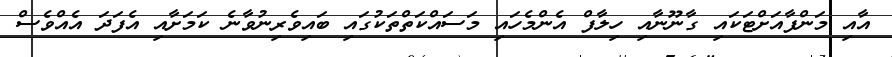
އާއި މަންފާއަށްޓަކައި ގާނޫނާއި ހިލާފް އެންމެހައި މަސައްކަތްތަކުގައި ބައިވެރިނުވާނެ ކަމަށާއި އެފަދަ އެއްވެސް